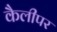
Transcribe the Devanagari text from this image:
कैलीपर